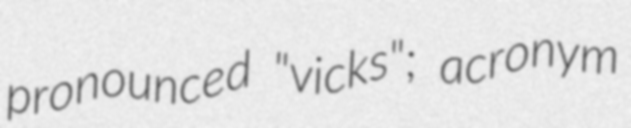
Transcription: pronounced "vicks"; acronym